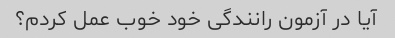
آیا در آزمون رانندگی خود خوب عمل کردم؟